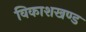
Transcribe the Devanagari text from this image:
विकाशखण्ड